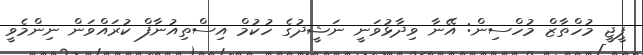
ޕީޖީ މުހްތާޒް މުހްސިން: އޭނާ ވިދާޅުވަނީ ނަޝީދުގެ ހުކުމް އިސްތިއުނާފް ކުރައްވަން ނިންމެވީ